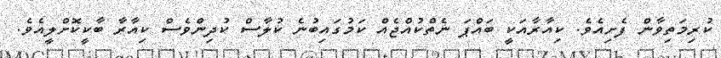
ކުރިމަތިވާން ފެށިއެވެ. ކިއާރާއަކީ ބައްޕަ ނެތްކުއްޖެއް ކަމުގައިބުނެ ކުލާސް ކުދިންވެސް ކިއާރާ ބާކީކޮށްލީއެވެ.